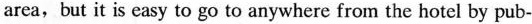
area,but it is easy to go to anywhere from the hotel by pub—